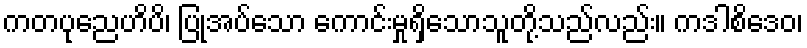
ကတပုညေဟိပိ၊ ပြုအပ်သော ကောင်းမှုရှိသောသူတို့သည်လည်း။ ကဒါစိဒေဝ၊